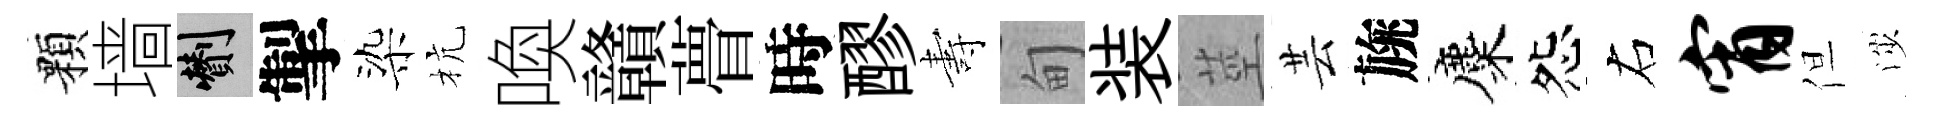
顆墙剪掣染杭喚贛瞢時醪夀甸装莖芸旐麋怨右宵但渉